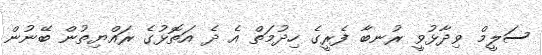
ސަލީމް ވިދާޅުވީ ރުނބާ ފެރީގެ ހިދުމަތް އެ ދެ އަތޮޅުގެ ރައްޔިތުން ބޭނުން